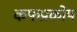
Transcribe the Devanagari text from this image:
कफप्रकोप